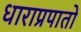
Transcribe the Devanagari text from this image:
धाराप्रपातों